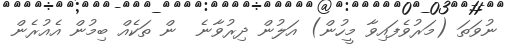
ނުވަތަ (މަރުވެފައިވާ މީހުން) އަލުން ދިރުވާނެ  ން ތަކެއް ބިމުން އެއުރެން